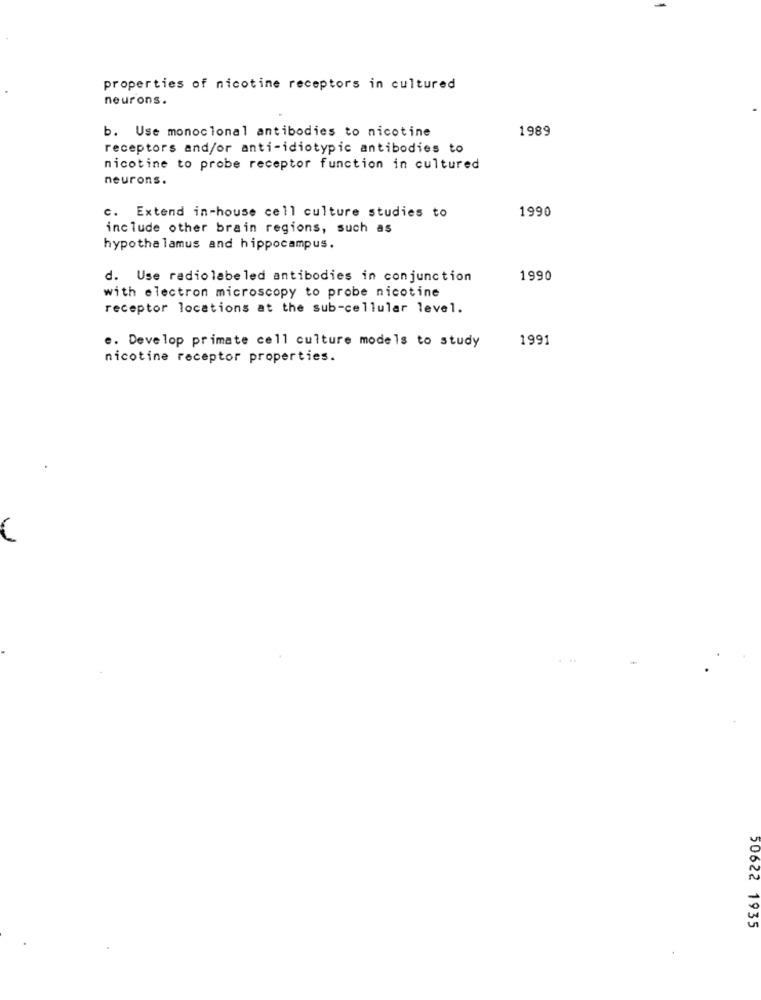
properties of nicotine receptors in cultured
neurons.
b. Use monoclonal antibodies to nicotine
1989
receptors and/or anti-idiotypic antibodies to
nicotine to probe receptor function in cultured
neurons.
1990
c. Extend in-house cell culture studies to
include other brain regions, such as
hypothalamus and hippocampus.
d. Use radiolabeled antibodies in conjunction
1990
with electron microscopy to probe nicotine
receptor locations at the sub-cellular level.
e. Develop primate cell culture models to study
1991
nicotine receptor properties.
50622 1935